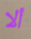
ألا